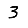
Digit: 3